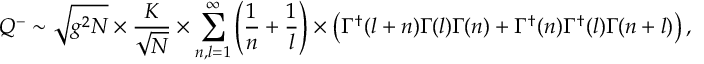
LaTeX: Q ^ { - } \sim \sqrt { g ^ { 2 } N } \times \frac { K } { \sqrt { N } } \times \sum _ { n , l = 1 } ^ { \infty } \left( \frac { 1 } { n } + \frac { 1 } { l } \right) \times \left( \Gamma ^ { \dagger } ( l + n ) \Gamma ( l ) \Gamma ( n ) + \Gamma ^ { \dagger } ( n ) \Gamma ^ { \dagger } ( l ) \Gamma ( n + l ) \right) ,